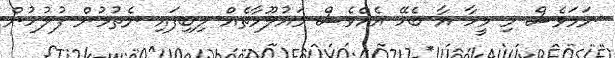
ނަމަވެސް މި މީހާ އާ ބެހޭ އެއްވެސް މައުލޫމާތެއް ލިބިފައި ނެތުމުން ފުލުހުން